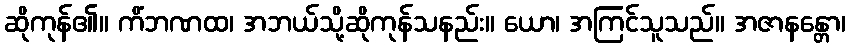
ဆိုကုန်၏။ ကိံဘဏထ၊ အဘယ်သို့ဆိုကုန်သနည်း။ ယော၊ အကြင်သူသည်။ အဇာနန္တော၊